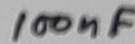
Text: 100nF